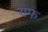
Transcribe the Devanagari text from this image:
यफ